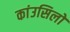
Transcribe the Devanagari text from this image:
कांउसिलों